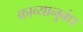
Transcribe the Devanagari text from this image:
काव्यानुबंध